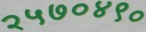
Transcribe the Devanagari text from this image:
२५७०४९०